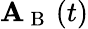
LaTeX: \mathbf{A}_{\mathrm{{~B~}}}\left(t\right)